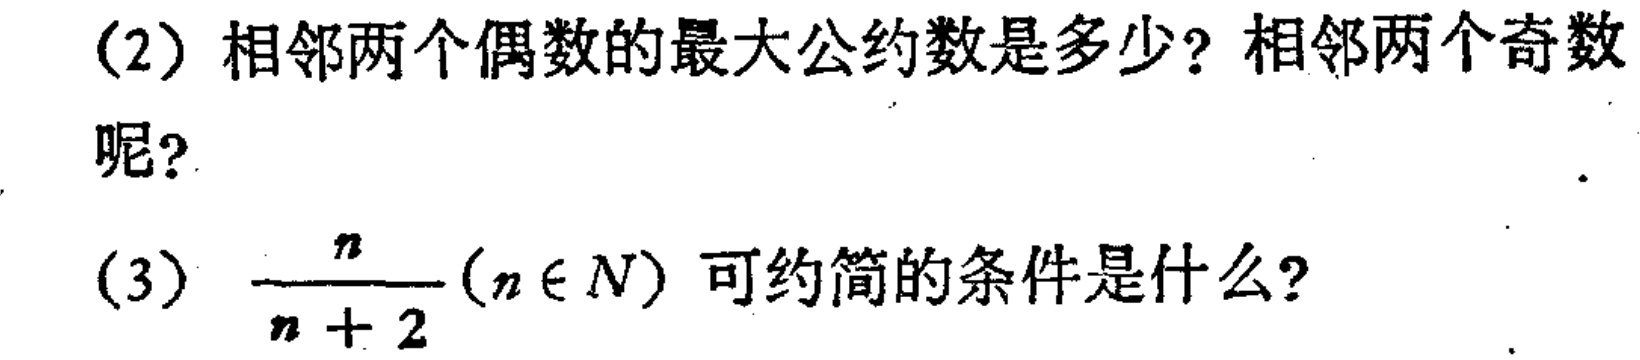
(2) 相邻两个偶数的最大公约数是多少？相邻两个奇数呢？
(3) $\frac{n}{n + 2}(n\in N)$ 可约简的条件是什么？